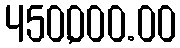
450,000.00